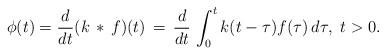
LaTeX: \begin{align*}\phi(t) = \frac{d}{dt} (k\, *\, f)(t) \, = \, \frac{d}{dt}\, \int_0^t k(t-\tau)f(\tau)\, d\tau,\ t>0.\end{align*}